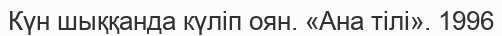
Күн шыққанда күліп оян. «Ана тілі». 1996